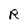
Character: R